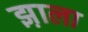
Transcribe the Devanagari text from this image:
झ़ाला